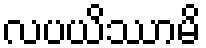
လပယိဿာမိ